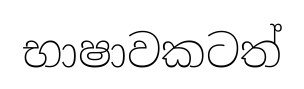
භාෂාවකටත්